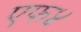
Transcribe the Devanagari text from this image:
एफ४